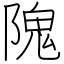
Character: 隗